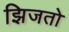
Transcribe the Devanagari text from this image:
झिजतो